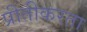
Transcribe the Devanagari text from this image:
प्रीतीकरता